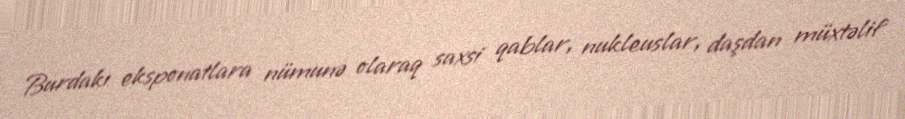
Burdakı eksponatlara nümunə olaraq saxsi qablar, nukleuslar, daşdan müxtəlif